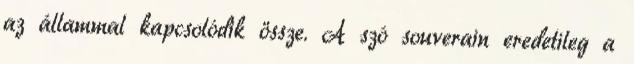
az állammal kapcsolódik össze. A szó souverain eredetileg a